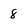
Character: 8